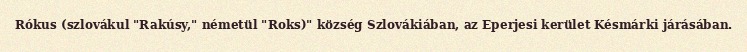
Rókus (szlovákul "Rakúsy," németül "Roks)" község Szlovákiában, az Eperjesi kerület Késmárki járásában.